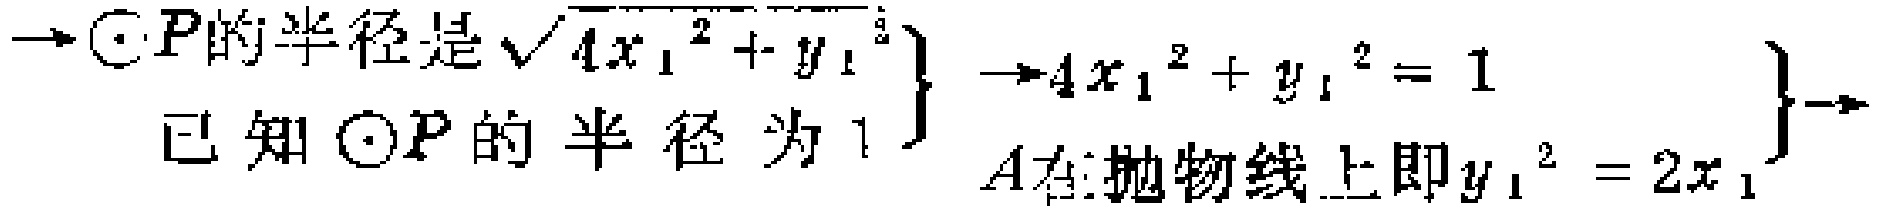
$\left.\begin{array}{c}\to\odot P\text{的半径是}\sqrt{4x_{1}^{2}+y_{1}^{2}}\\ \text{已知}\odot P\text{的半径为}1\end{array}\right\}\to\left.\begin{array}{c}4x_{1}^{2}+y_{1}^{2}=1\\ A在抛物线上即y_{1}^{2}=2x_{1}\end{array}\right\}\to$